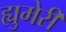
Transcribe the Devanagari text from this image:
ह्युमेरी